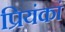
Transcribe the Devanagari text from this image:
प्रियंकां